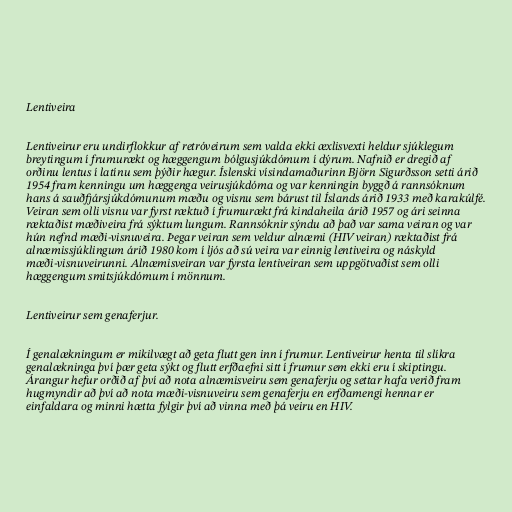
Lentiveira

Lentiveirur eru undirflokkur af retróveirum sem valda ekki æxlisvexti heldur sjúklegum
breytingum í frumurækt og hæggengum bólgusjúkdómum í dýrum. Nafnið er dregið af
orðinu lentus í latínu sem þýðir hægur. Íslenski vísindamaðurinn Björn Sigurðsson setti árið
1954 fram kenningu um hæggenga veirusjúkdóma og var kenningin byggð á rannsóknum
hans á sauðfjársjúkdómunum mæðu og visnu sem bárust til Íslands árið 1933 með karakúlfé.
Veiran sem olli visnu var fyrst ræktuð í frumurækt frá kindaheila árið 1957 og ári seinna
ræktaðist mæðiveira frá sýktum lungum. Rannsóknir sýndu að það var sama veiran og var
hún nefnd mæði-visnuveira. Þegar veiran sem veldur alnæmi (HIV veiran) ræktaðist frá
alnæmissjúklingum árið 1980 kom í ljós að sú veira var einnig lentiveira og náskyld
mæði-visnuveirunni. Alnæmisveiran var fyrsta lentiveiran sem uppgötvaðist sem olli
hæggengum smitsjúkdómum í mönnum.

Lentiveirur sem genaferjur.

Í genalækningum er mikilvægt að geta flutt gen inn í frumur. Lentiveirur henta til slíkra
genalækninga því þær geta sýkt og flutt erfðaefni sitt í frumur sem ekki eru í skiptingu.
Árangur hefur orðið af því að nota alnæmisveiru sem genaferju og settar hafa verið fram
hugmyndir að því að nota mæði-visnuveiru sem genaferju en erfðamengi hennar er
einfaldara og minni hætta fylgir því að vinna með þá veiru en HIV.